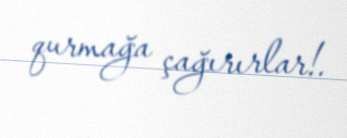
qurmağa çağırırlar!.